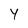
Character: Y